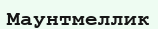
Маунтмеллик